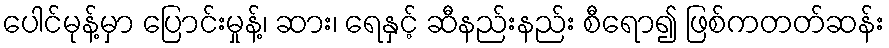
ပေါင်မုန့်မှာ ပြောင်းမှုန့်၊ ဆား၊ ရေနှင့် ဆီနည်းနည်း စီရော၍ ဖြစ်ကတတ်ဆန်း